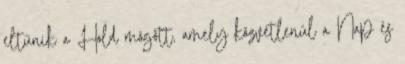
eltűnik a Hold mögött, amely közvetlenül a Nap és